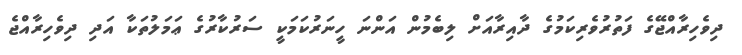
ދިވެހިރާއްޖޭގެ ފަތުރުވެރިކަމުގެ ދާއިރާއަށް ލިބެމުން އަންނަ ހީނަރުކަމަކީ ސަރުކާރުގެ ޢަމަލުތަކާ އަދި ދިވެހިރާއްޖެ